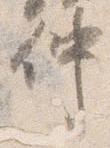
仲